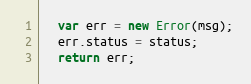
Language: JavaScript
  var err = new Error(msg);
  err.status = status;
  return err;